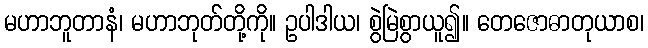
မဟာဘူတာနံ၊ မဟာဘုတ်တို့ကို။ ဥပါဒါယ၊ စွဲမြဲစွာယူ၍။ တေဇောဓာတုယာစ၊